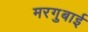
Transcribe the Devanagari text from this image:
मरगुबाई